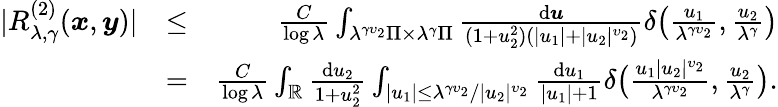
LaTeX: \begin{array}{rlr}{|R_{\lambda,\gamma}^{(2)}(\boldsymbol{x},\boldsymbol{y})|}&{\le}&{\frac{C}{\log\lambda}\int_{\lambda^{\gamma\upsilon_{2}}\Pi\times\lambda^{\gamma}\Pi}\frac{\mathrm d\boldsymbol{u}}{(1+u_{2}^{2})(|u_{1}|+|u_{2}|^{\upsilon_{2}})}\delta\big(\frac{u_{1}}{\lambda^{\gamma\upsilon_{2}}},\frac{u_{2}}{\lambda^{\gamma}}\big)}\\ &{=}&{\frac{C}{\log\lambda}\int_{\mathbb{R}}\frac{\mathrm du_{2}}{1+u_{2}^{2}}\int_{|u_{1}|\le\lambda^{\gamma\upsilon_{2}}/|u_{2}|^{\upsilon_{2}}}\frac{\mathrm du_{1}}{|u_{1}|+1}\delta\big(\frac{u_{1}|u_{2}|^{\upsilon_{2}}}{\lambda^{\gamma\upsilon_{2}}},\frac{u_{2}}{\lambda^{\gamma}}\big).}\end{array}